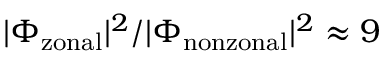
| \Phi _ { \mathrm { z o n a l } } | ^ { 2 } / | \Phi _ { \mathrm { n o n z o n a l } } | ^ { 2 } \approx 9